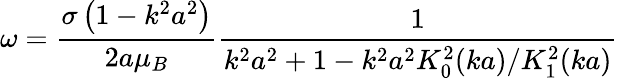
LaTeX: \omega={\frac{\sigma\left(1-k^{2}a^{2}\right)}{2a\mu_{B}}}{\frac{1}{k^{2}a^{2}+1-k^{2}a^{2}K_{0}^{2}(ka)/K_{1}^{2}(ka)}}